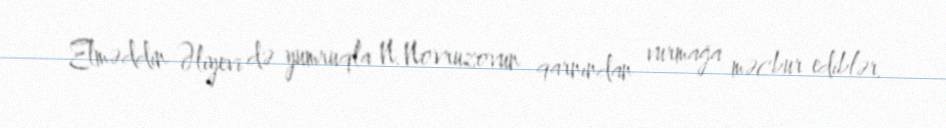
Elməddin Əliyevi də yumruqla N.Novruzovun qarnından vurmağa məcbur ediblər.